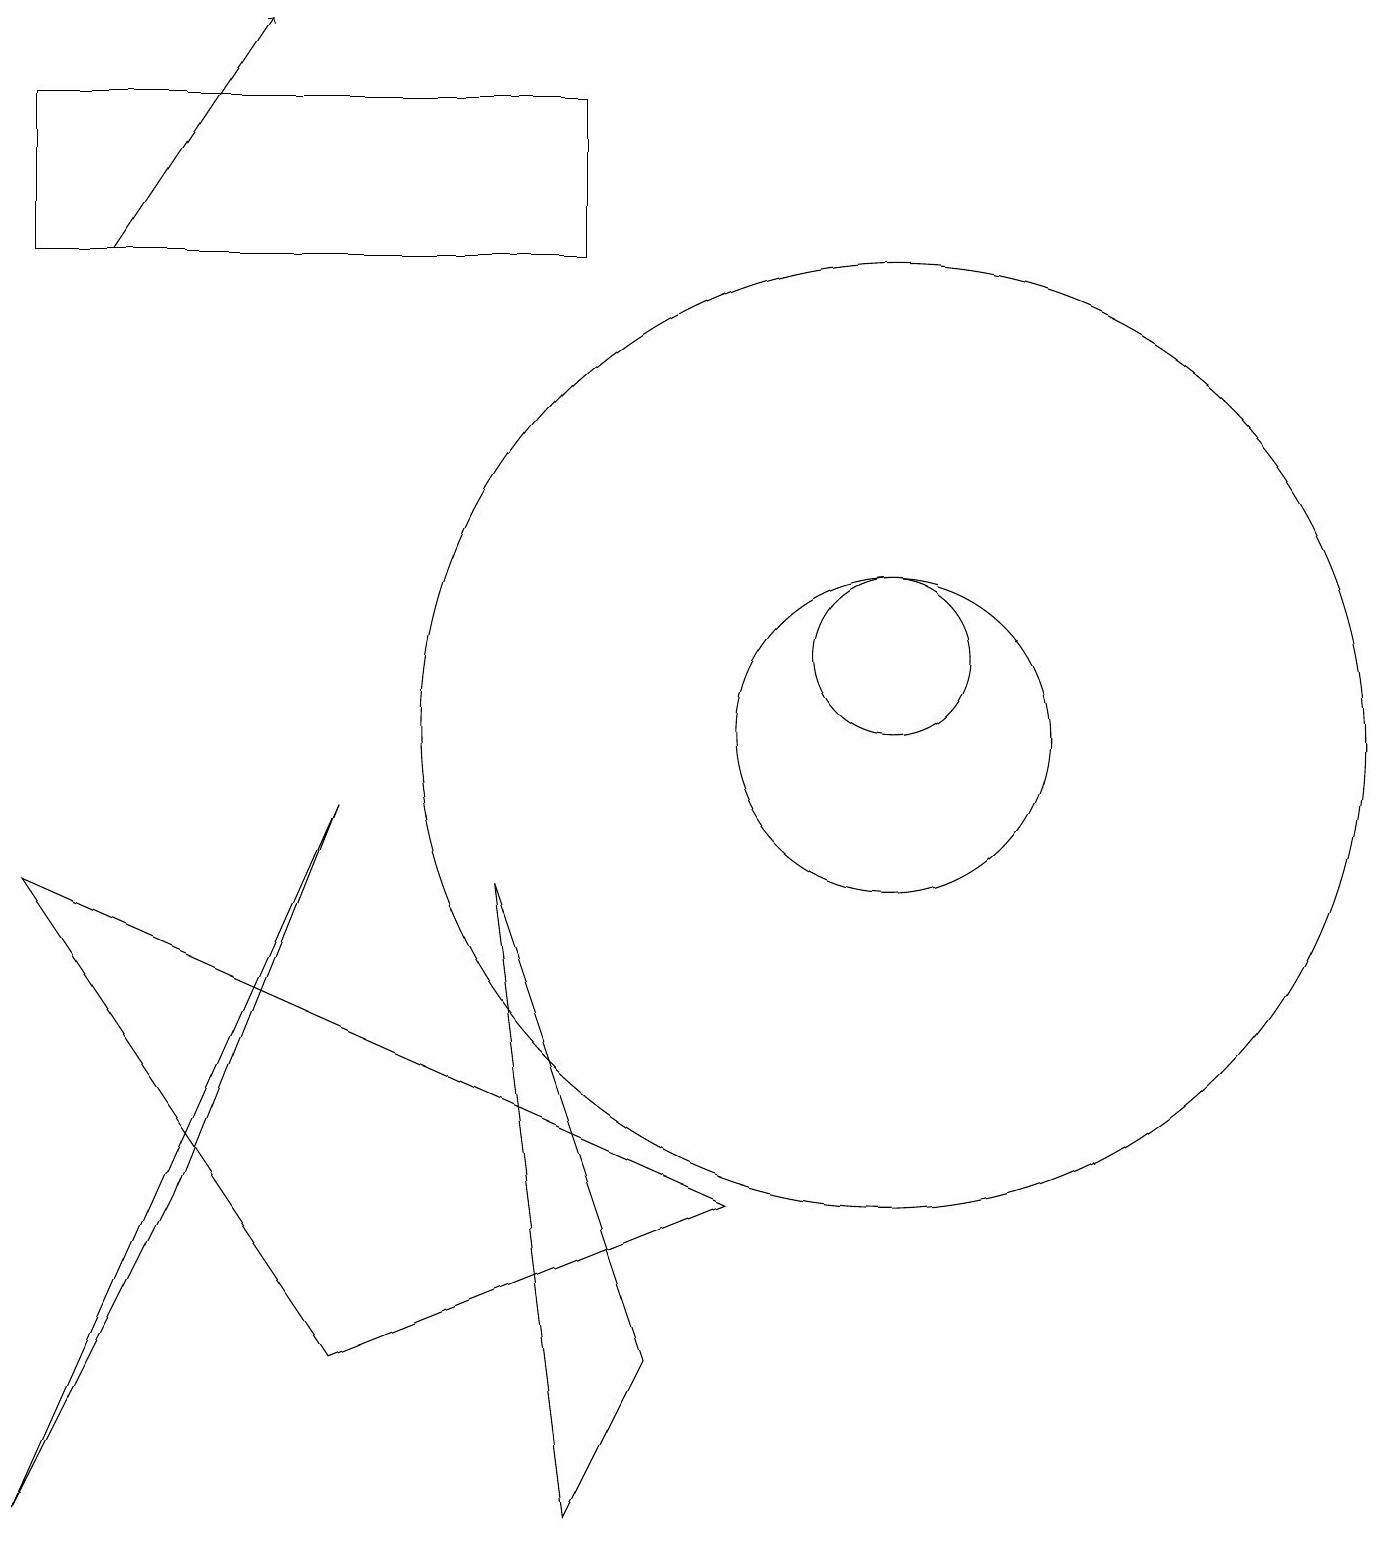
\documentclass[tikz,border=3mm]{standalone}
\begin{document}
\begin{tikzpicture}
\draw (0,0) -- (2,4) -- (4,9) -- cycle;
\draw (9,4) -- (0,8) -- (4,2) -- cycle;
\draw (11,10) circle (2);
\draw[->] (1,16) -- (3,19);
\draw (11,11) circle (1);
\draw (11,10) circle (6);
\draw (7,0) -- (8,2) -- (6,8) -- cycle;
\draw (0,16) rectangle (7,18);
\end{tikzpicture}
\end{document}